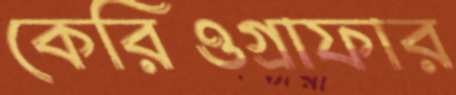
কেরিওগ্রাফার